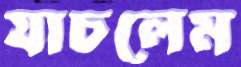
যাচলেম